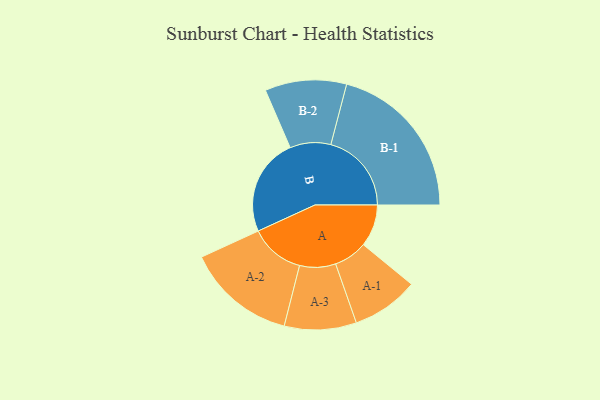
{"axis": {"x": "Segment", "y": "Value"}, "legend": ["", "A", "B"], "data": [{"x": "A", "y": 151, "type": ""}, {"x": "B", "y": 350, "type": ""}, {"x": "A-1", "y": 120, "type": "A"}, {"x": "A-2", "y": 196, "type": "A"}, {"x": "A-3", "y": 129, "type": "A"}, {"x": "B-1", "y": 289, "type": "B"}, {"x": "B-2", "y": 146, "type": "B"}]}